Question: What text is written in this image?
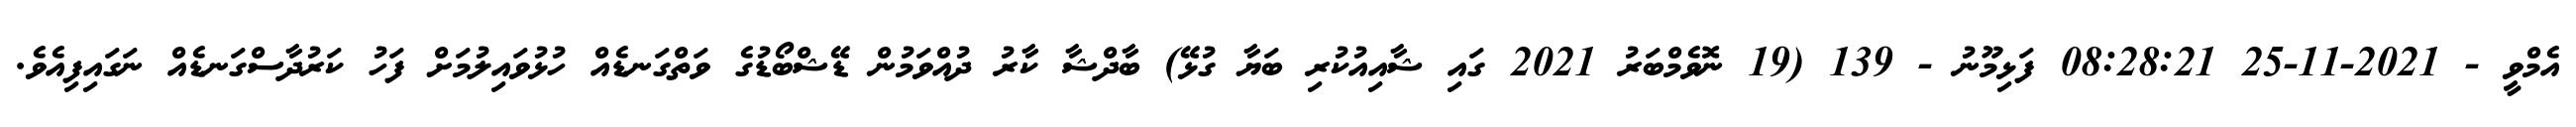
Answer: އެމްވީ - 2021-11-25 08:28:21 ފަޅިމޫނު - 139 (19 ނޮވެމްބަރު 2021 ގައި ޝާއިއުކުރި ބަޔާ ގުޅޭ) ބާދްޝާ ކާރު ދުއްވަމުން ޑޭޝްބޯޑުގެ ވަތްގަނޑެއް ހުޅުވައިލުމަށް ފަހު ކަރުދާސްގަނޑެއް ނަގައިފިއެވެ.